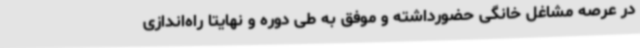
در عرصه مشاغل خانگی حضورداشته و موفق به طی دوره و نهایتاً راه‌اندازی